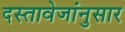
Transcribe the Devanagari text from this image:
दस्तावेजांनुसार